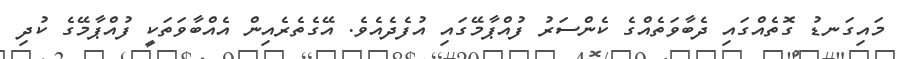
މައިގަނޑު ގޮތެއްގައި ދެބާވަތެއްގެ ކެންސަރު ފުއްޕާމޭގައި އުފެދެއެވެ. އޭގެތެރެއިން އެއްބާވަތަކީ ފުއްޕާމޭގެ ކުދި